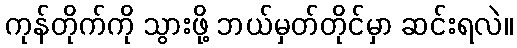
ကုန်တိုက်ကို သွားဖို့ ဘယ်မှတ်တိုင်မှာ ဆင်းရလဲ။